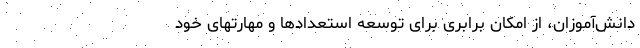
دانش‌آموزان، از امکان برابری برای توسعه‌ استعدادها و مهارتهای خود